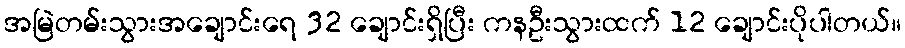
အမြဲတမ်းသွားအချောင်းရေ 32 ချောင်းရှိပြီး ကနဦးသွားထက် 12 ချောင်းပိုပါတယ်။